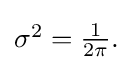
{\textstyle \sigma ^{2}={\frac {1}{2\pi }}.}